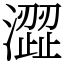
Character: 澀